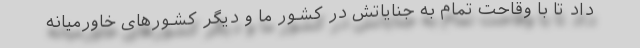
داد تا با وقاحت تمام به جنایاتش در کشور ما و دیگر کشورهای خاورمیانه